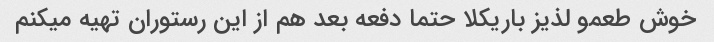
خوش طعمو لذیز باریکلا حتما دفعه بعد هم از این رستوران تهیه میکنم